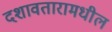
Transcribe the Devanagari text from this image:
दशावतारामधील